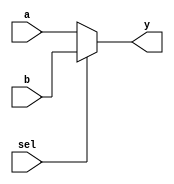
module mux4(a, b, sel, y);
  input [3:0] a, b;
  input sel;
  output [3:0] y;

  reg [3:0] y;

always@(a or b or sel) 
begin
  if(sel == 1'b0)
    y <= a;
  else
    y <= b;
  end

endmodule